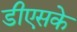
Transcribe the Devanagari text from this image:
डीएसके